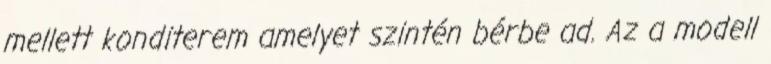
mellett konditerem amelyet szintén bérbe ad. Az a modell